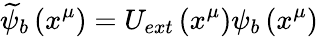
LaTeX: \widetilde{\psi}_{b}\left(x^{\mu}\right)=U_{ext}\left(x^{\mu}\right)\psi_{b}\left(x^{\mu}\right)